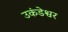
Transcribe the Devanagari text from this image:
उकंडेश्वर